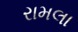
રામલા